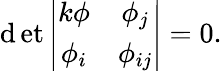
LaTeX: \operatorname*{\mathrm{d}et}\left|\begin{array}{cc}{{k\phi}}&{{\phi_{j}}}\\ {{\phi_{i}}}&{{\phi_{ij}}}\end{array}\right|=0.